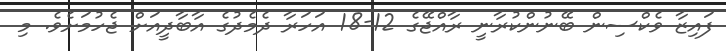
ފައިޒާ ވެކްސިން ބޭނުންކުރާނީ ރާއްޖޭގެ 12-18 އަހަރާ ދެމެދުގެ އާބާދީއަށް ޖެހުމަށެވެ. މި